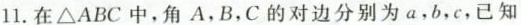
11.在\triangle ABC中，角A，B，C的对边分别为a，b，c，已知